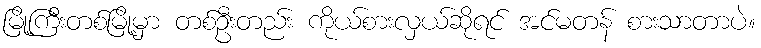
မြို့ကြီးတစ်မြို့မှာ တစ်ဦးတည်း ကိုယ်စားလှယ်ဆိုရင် အင်မတန် စားသာတာပဲ။